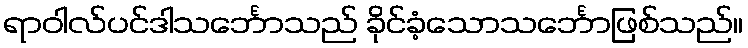
ရာဝါလ်ပင်ဒါသင်္ဘောသည် ခိုင်ခံ့သောသင်္ဘောဖြစ်သည်။